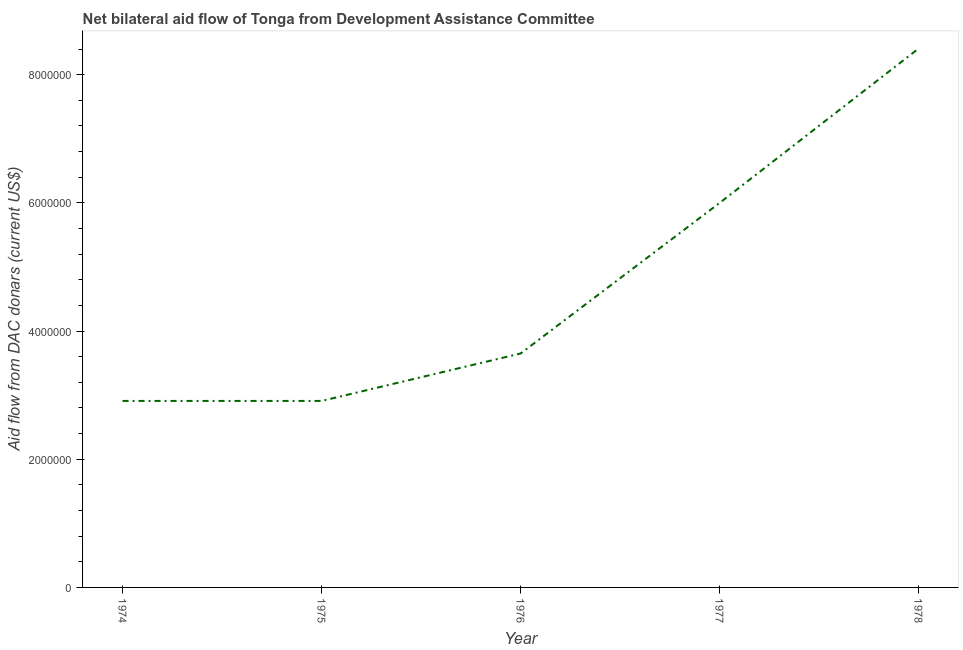
| Year | Net bilateral aid flows from DAC donors |
 | --- | --- |
 | 1974 | 2.91e+06 |
 | 1975 | 2.91e+06 |
 | 1976 | 3.65e+06 |
 | 1977 | 6e+06 |
 | 1978 | 8.41e+06 |